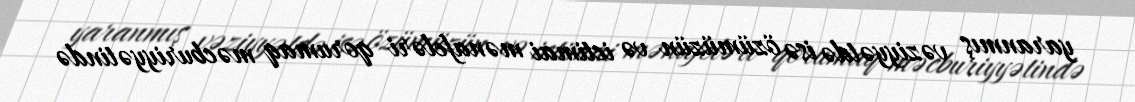
yaranmış vəziyyətdə isə özümüzün və ictimai mənafeləri qorumaq məcburiyyətində